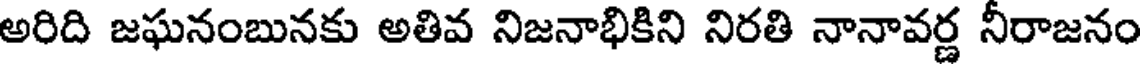
అరిది జఘనంబునకు అతివ నిజనాభికిని నిరతి నానావర్ణ నీరాజనం